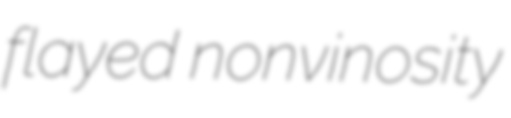
flayed nonvinosity